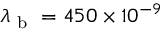
\lambda _ { \mathrm { ~ b ~ } } = 4 5 0 \times 1 0 ^ { - 9 }